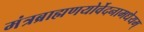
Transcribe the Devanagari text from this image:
मंत्रब्राह्मणयोर्वेदनामधेयम्